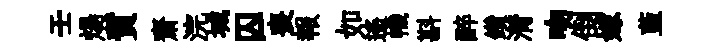
壬煬質齋浣城囚喪報如遙幟斟醉鑽潸吻倒嫁藍